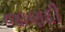
જાણદી